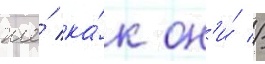
же́ ка́к он'и́ //